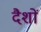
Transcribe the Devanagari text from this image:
दैशों